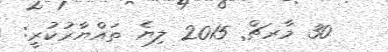
30 މާރޗް